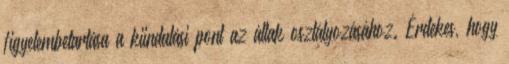
figyelembetartása a kiindulási pont az állak osztályozásához. Érdekes, hogy